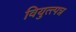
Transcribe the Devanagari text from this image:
वियुत्त्पन्न